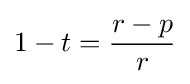
1-t={\frac {r-p}{r}}